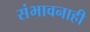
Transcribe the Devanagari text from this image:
संभावनाही